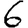
Digit: 6